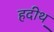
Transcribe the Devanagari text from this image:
हदीथ़